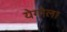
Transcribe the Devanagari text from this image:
येगोला